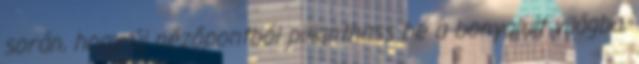
során, hogy új nézőpontból pillanthass be a bonyolult világba,